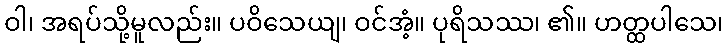
ဝါ၊ အရပ်သို့မူလည်း။ ပဝိသေယျ၊ ဝင်အံ့။ ပုရိသဿ၊ ၏။ ဟတ္ထပါသေ၊